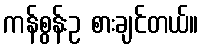
ကန်စွန်းဥ စားချင်တယ်။